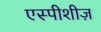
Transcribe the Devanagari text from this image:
एस्पीशीज़